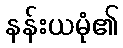
နန်းယမုံ၏